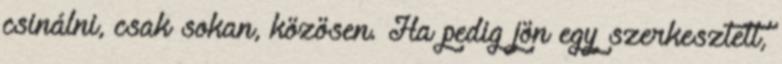
csinálni, csak sokan, közösen. Ha pedig jön egy szerkesztett,